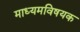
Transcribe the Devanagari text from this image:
माध्यमविषयक